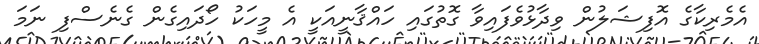
އެމެރިކާގެ އޮފިޝަލުން ވިދާޅުވެފައިވާ ގޮތުގައި ހައްޤާނީއަކީ އެ މީހަކު ހޯދައިގެން ގެނެސްފި ނަމަ